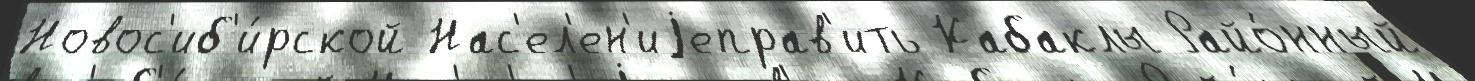
Новос'иб'и́рской Нас'ел'ен'иjеправ'ить Кабаклы Райо́нный